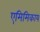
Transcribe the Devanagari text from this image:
एमिमिकाय